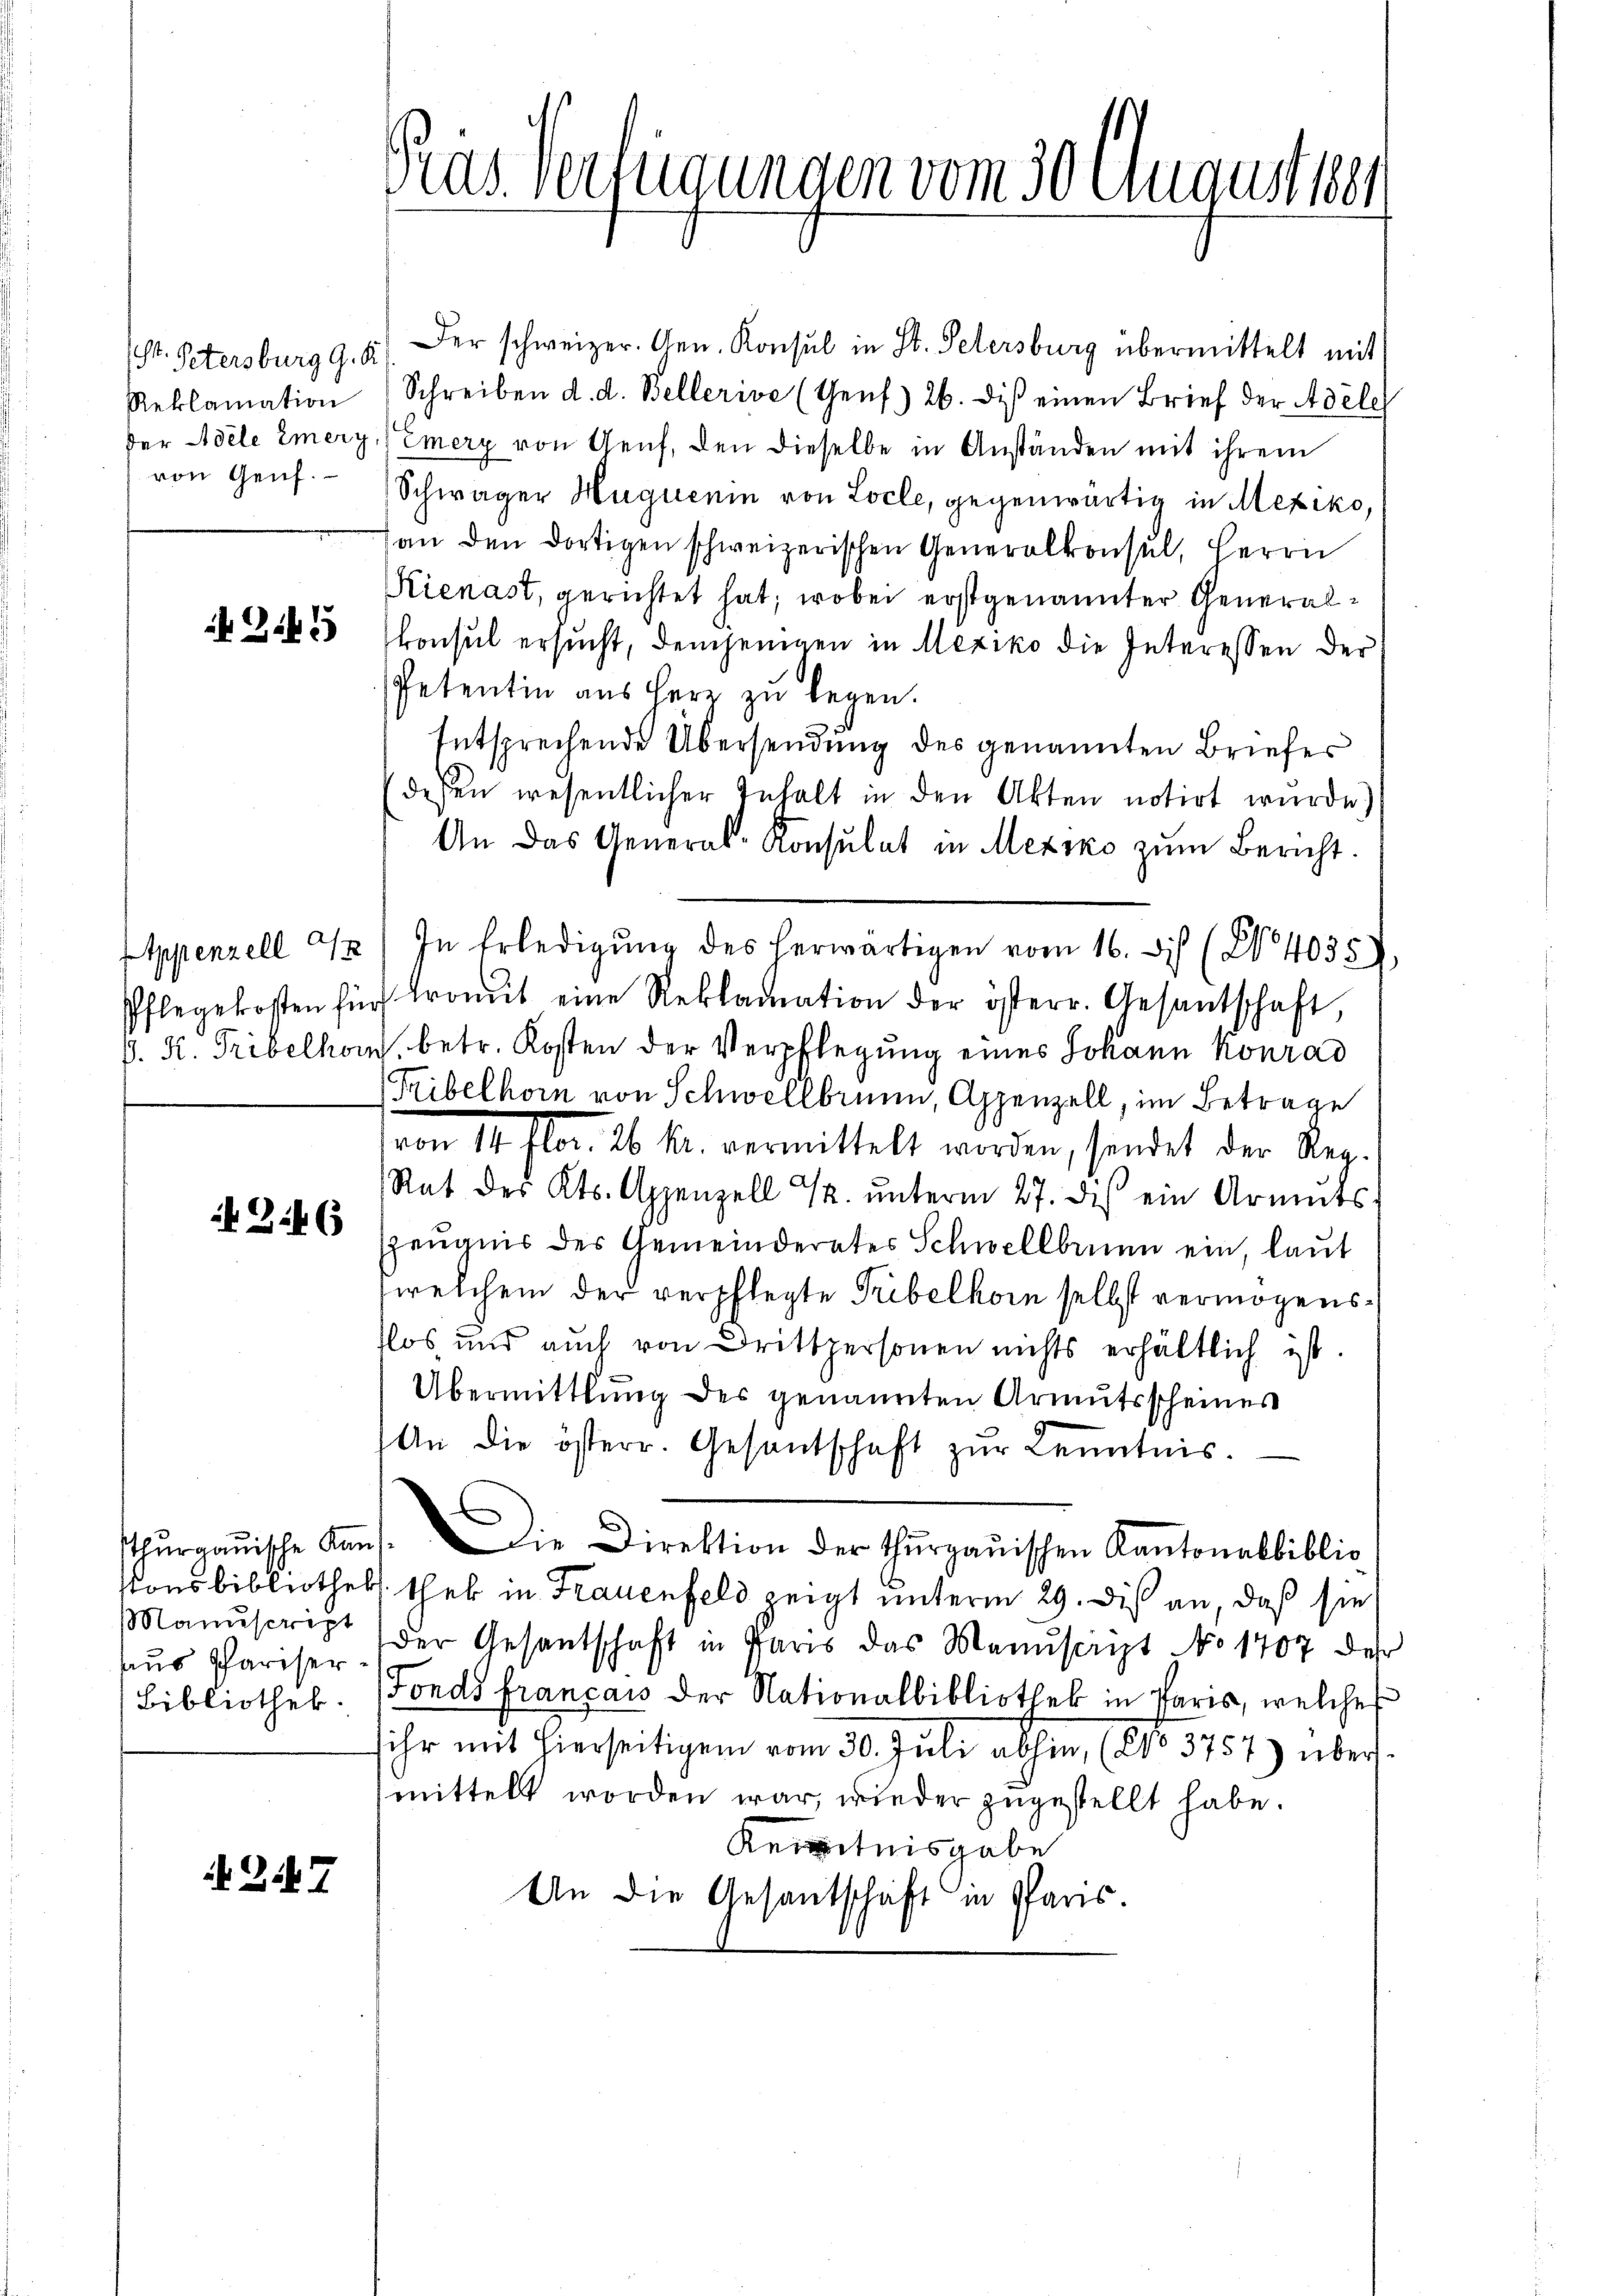
von Genf.

Zi

246

Manuscript
aus Pariser
Bibliothek.

217.

Pras. Verfügungen vom 30. August 1881

Dr. Petersburg 9. 5. Der schweizer. Gen. Konsul in St. Petersburg übermittelt mit
Reklamation (Schreiben d. d. Bellerive (Genf) 26. die einen Brief der Adele
der Adele Emery Emery von Genf, den dieselbe in Anständen mit ihrem
Schwäger Huguenin von Locle, gegenwärtig in Mexiko,
an den dortigen schweizerischen Generalkonsul, Herrn
Kienast, gerichtet hat; wobei erstgenannter Generalkonsul ersucht, demjenigen in Mexiko die Interessen der
Petentin aus Herz zu legen.
Entsprechende Übersendung des genannten Briefer
dessen wesentlicher Inhalt in den Akten notirt wurde)
An das General-Konsulat in Mexiko zŭm Bericht.
Appenzell 22) In Erledigŭng des herwärtigen vom 16. Des (§ 4035)
Pflegekosten für Tromit eine Reklamation der österr. Gesantschaft,
d. K. Tribelhow, betr. Kosten der Verpflegung eines Johann Konrad
Tribelhorn von Schwellbrunn, Appenzell, im Betrage
von 14. flor. 26 f. vermittelt worden, sendet der Reg.
Rat des Kts. Appenzell ½. ŭnterm 27. dis ein Armuts
Zeugnis des Gemeinderates Schwellbrunn ein, laut
welchem der verpflegte Tribelhorn selbst vermögensflos und auch von Drittpersonen nichts erhältlich ist.
Übermittlung des genannten Armutsscheines
An die österr. Gesandschaft zŭr Kenntnis.
thŭrraṁische Amt. Die Direktion der Thurgauischen Kantonalbiblio
onsbibliothek thel in Frauenfeld zeigt unterm 29. Dis an, daß sie
der Gesantschaft in Paris das Manusagt No 1407 der
Fonds francans der Nationalbibliothek in Paris, welches
sihr mit hierseitigen vom 30. Juli abhin (No 5757) übermittelt worden war, wieder zugestellt habe.
Kenntnisgabe
An die Gesantschaft in Paris